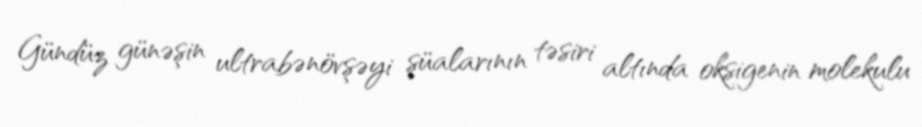
Gündüz günəşin ultrabənövşəyi şüalarının təsiri altında oksigenin molekulu